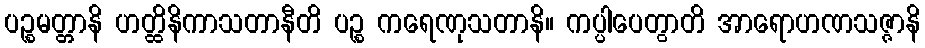
ပဉ္စမတ္တာနိ ဟတ္ထိနိကာသတာနီတိ ပဉ္စ ကရေဏုသတာနိ။ ကပ္ပါပေတွာတိ အာရောဟဏသဇ္ဇာနိ